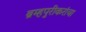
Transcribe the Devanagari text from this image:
ब्रम्हपुरीकरांचा